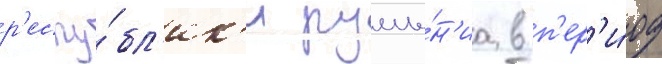
р'еспу́бл'ик'и румы́н'иа в п'ер'и́од